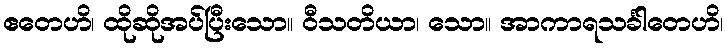
ဧတေဟိ၊ ထိုဆိုအပ်ပြီးသော။ ဝီသတိယာ၊ သော။ အာကာရသင်္ခါတေဟိ၊